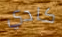
كادي